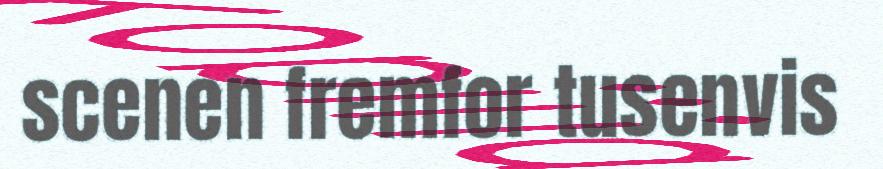
scenen fremfor tusenvis